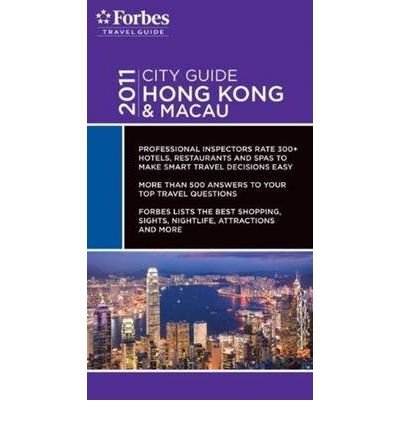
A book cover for Forbes Travel Guide Hong Kong & Macau 2011 (Forbes City Guide: Hong Kong & Macau) (Paperback) - Common; By (author) Forbes Travel Guide; Travel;